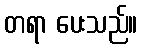
တရာ ပေးသည်။